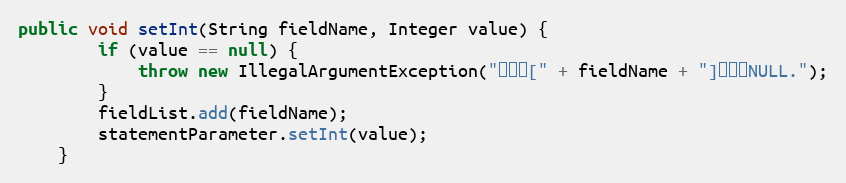
Language: Java
public void setInt(String fieldName, Integer value) {
		if (value == null) {
			throw new IllegalArgumentException("参数值[" + fieldName + "]不能为NULL.");
		}
		fieldList.add(fieldName);
		statementParameter.setInt(value);
	}